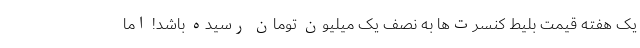
یک هفته قیمت بلیط کنسرت‌ها به نصف یک میلیون تومان رسیده باشد! اما